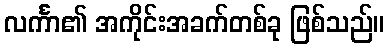
လင်္ကာ၏ အကိုင်းအခက်တစ်ခု ဖြစ်သည်။